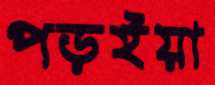
পড়ইয়া